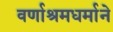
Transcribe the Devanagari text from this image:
वर्णाश्रमधर्माने